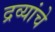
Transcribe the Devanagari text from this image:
द्रव्यांचे